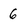
Character: 6